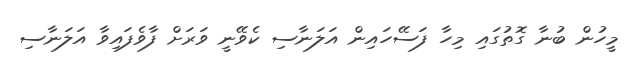
މީހުން ބުނާ ގޮތުގައި މިހާ ފަސޭހައިން އަލަނާސި ކެވޭނީ ވަރަށް ފާވެފައިވާ އަލަނާސި